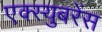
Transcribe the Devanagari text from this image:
एक्स्युबरेंस